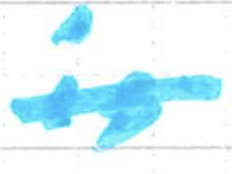
Text: is
Cross-out: single-line
Writing tool: marker